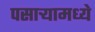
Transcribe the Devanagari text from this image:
पसार्‍यामध्ये